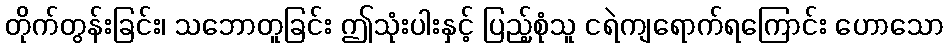
တိုက်တွန်းခြင်း၊ သဘောတူခြင်း ဤသုံးပါးနှင့် ပြည့်စုံသူ ငရဲကျရောက်ရကြောင်း ဟောသော